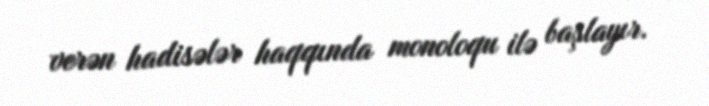
verən hadisələr haqqında monoloqu ilə başlayır.